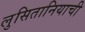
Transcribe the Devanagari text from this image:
लुसितानियाची